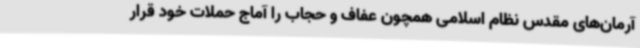
آرمان‌های مقدس نظام اسلامی همچون عفاف و حجاب را آماج حملات خود قرار